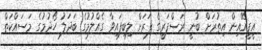
އީޕީއޭއިން އިތުރަށް ބުނީ ރަސްފަރީގެ ފަރަށް ލިބިފައިވާ ގެއްލުމުގެ ބަދަލު ހޯދުމުގެ މަސައްކަތް